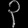
Digit: ၃